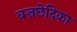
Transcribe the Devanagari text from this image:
वज्रछेदिका